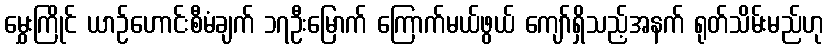
မွှေးကြိုင် ယာဉ်ဟောင်းစီမံချက် ၁၇ဦးမြောက် ကြောက်မယ်ဖွယ် ကျော်ရှိသည့်အနက် ရုတ်သိမ်းမည်ဟု